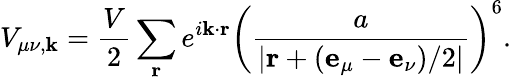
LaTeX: V_{\mu\nu,\mathbf{k}}=\frac{V}{2}\sum_{\mathbf{r}}e^{i\mathbf{k}\cdot\mathbf{r}}\left(\frac{a}{|\mathbf{r}+(\mathbf{e}_{\mu}-\mathbf{e}_{\nu})/2|}\right)^{6}.